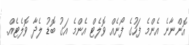
އޮންނާނެ އެންމެ ފަހުގެ ފޯނެއް ވޮލެޓް އެންމެ އަގު ބޮޑު ލެދާ ވޮލެޓެއް.